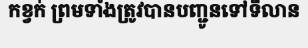
កខ្វក់ ព្រមទាំងត្រូវបានបញ្ជូនទៅទីលាន